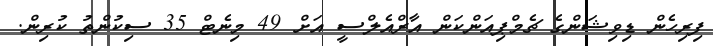
ފިރިހެން ޑިވިޝަންގެ ޗެމްޕިއަންކަން އާރްއެލްސީ އަށް 49 މިނެޓް 35 ސިކުންތު ކުރިން.